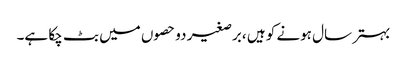
بہتر سال ہونے کو ہیں ،برصغیر دو حصوں میں بٹ چکا ہے۔